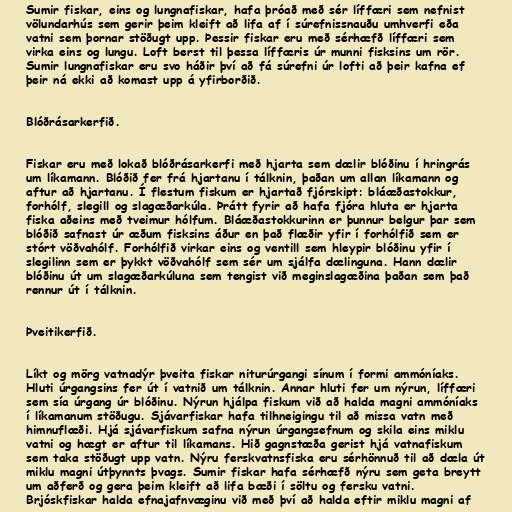
Sumir fiskar, eins og lungnafiskar, hafa þróað með sér líffæri sem nefnist
völundarhús sem gerir þeim kleift að lifa af í súrefnissnauðu umhverfi eða
vatni sem þornar stöðugt upp. Þessir fiskar eru með sérhæfð líffæri sem
virka eins og lungu. Loft berst til þessa líffæris úr munni fisksins um rör.
Sumir lungnafiskar eru svo háðir því að fá súrefni úr lofti að þeir kafna ef
þeir ná ekki að komast upp á yfirborðið.

Blóðrásarkerfið.

Fiskar eru með lokað blóðrásarkerfi með hjarta sem dælir blóðinu í hringrás
um líkamann. Blóðið fer frá hjartanu í tálknin, þaðan um allan líkamann og
aftur að hjartanu. Í flestum fiskum er hjartað fjórskipt: bláæðastokkur,
forhólf, slegill og slagæðarkúla. Þrátt fyrir að hafa fjóra hluta er hjarta
fiska aðeins með tveimur hólfum. Bláæðastokkurinn er þunnur belgur þar sem
blóðið safnast úr æðum fisksins áður en það flæðir yfir í forhólfið sem er
stórt vöðvahólf. Forhólfið virkar eins og ventill sem hleypir blóðinu yfir í
slegilinn sem er þykkt vöðvahólf sem sér um sjálfa dælinguna. Hann dælir
blóðinu út um slagæðarkúluna sem tengist við meginslagæðina þaðan sem það
rennur út í tálknin.

Þveitikerfið.

Líkt og mörg vatnadýr þveita fiskar niturúrgangi sínum í formi ammóníaks.
Hluti úrgangsins fer út í vatnið um tálknin. Annar hluti fer um nýrun, líffæri
sem sía úrgang úr blóðinu. Nýrun hjálpa fiskum við að halda magni ammóníaks
í líkamanum stöðugu. Sjávarfiskar hafa tilhneigingu til að missa vatn með
himnuflæði. Hjá sjávarfiskum safna nýrun úrgangsefnum og skila eins miklu
vatni og hægt er aftur til líkamans. Hið gagnstæða gerist hjá vatnafiskum
sem taka stöðugt upp vatn. Nýru ferskvatnsfiska eru sérhönnuð til að dæla út
miklu magni útþynnts þvags. Sumir fiskar hafa sérhæfð nýru sem geta breytt
um aðferð og gera þeim kleift að lifa bæði í söltu og fersku vatni.
Brjóskfiskar halda efnajafnvæginu við með því að halda eftir miklu magni af